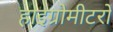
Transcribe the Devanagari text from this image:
हाइग्रोमीटरों